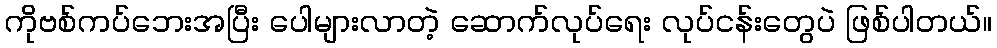
ကိုဗစ်ကပ်ဘေးအပြီး ပေါများလာတဲ့ ဆောက်လုပ်ရေး လုပ်ငန်းတွေပဲ ဖြစ်ပါတယ်။